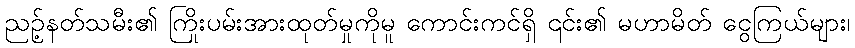
ညဉ့်နတ်သမီး၏ ကြိုးပမ်းအားထုတ်မှုကိုမူ ကောင်းကင်ရှိ ၎င်း၏ မဟာမိတ် ငွေကြယ်များ၊